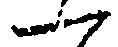
一